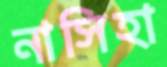
নাসিহা